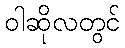
ဝါဆိုလတွင်